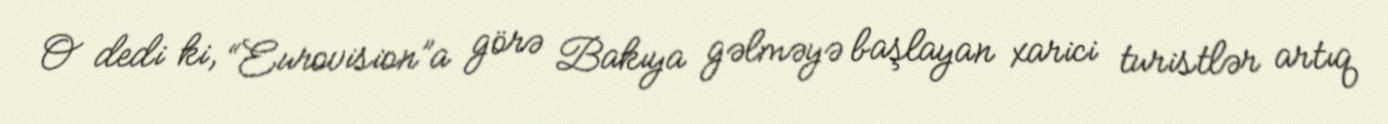
O dedi ki, “Eurovision”a görə Bakıya gəlməyə başlayan xarici turistlər artıq